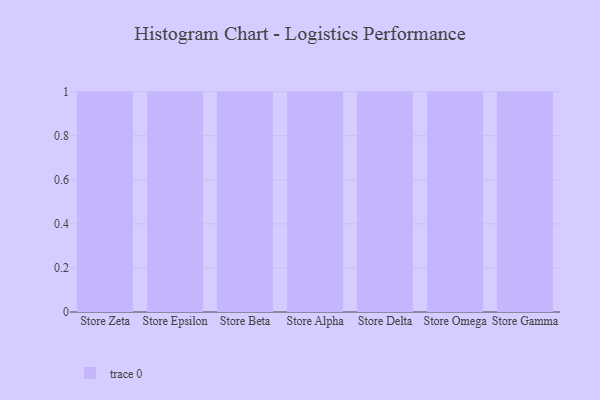
{"axis": {"x": "Store", "y": "LTV (USD)"}, "legend": [""], "data": [{"x": "Store Zeta", "y": 12, "type": ""}, {"x": "Store Epsilon", "y": 56, "type": ""}, {"x": "Store Beta", "y": 62, "type": ""}, {"x": "Store Alpha", "y": 83, "type": ""}, {"x": "Store Delta", "y": 34, "type": ""}, {"x": "Store Omega", "y": 21, "type": ""}, {"x": "Store Gamma", "y": 53, "type": ""}]}